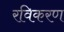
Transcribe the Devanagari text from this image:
रविकरण